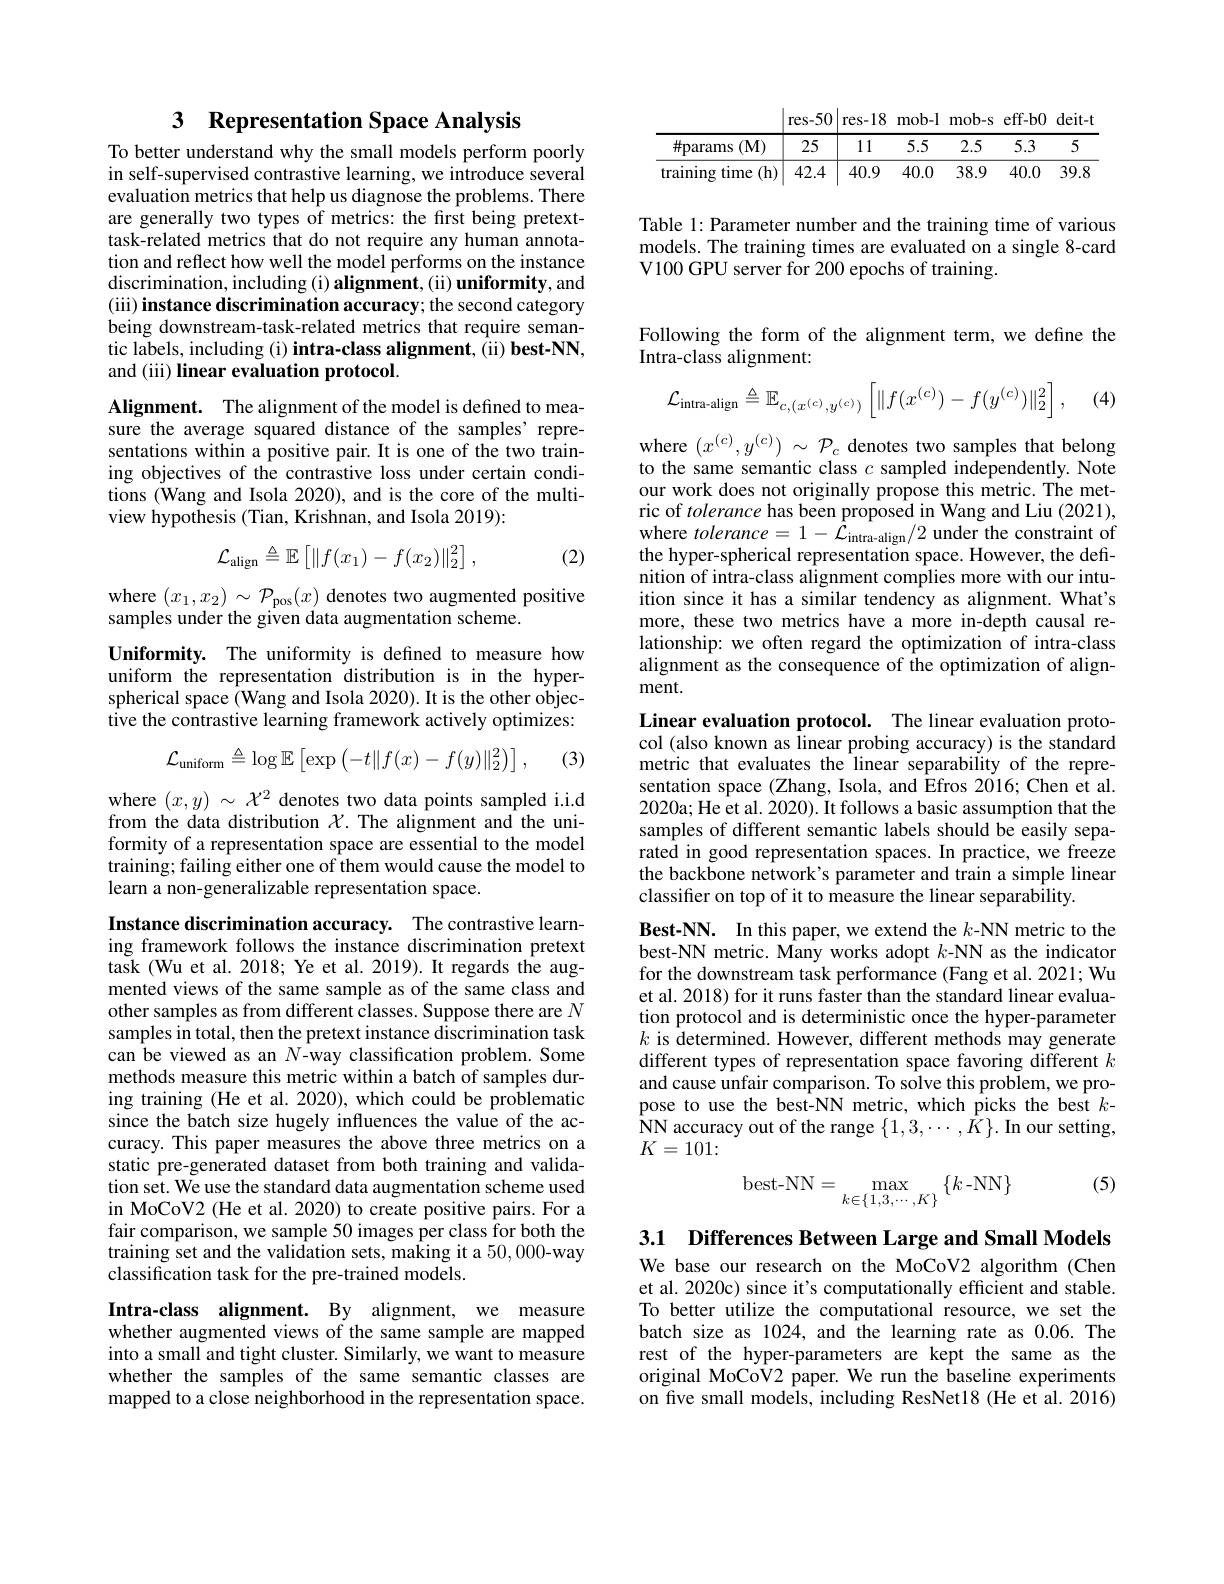
## 3 Representation Space Analysis

To better understand why the small models perform poorly in self-supervised contrastive learning, we introduce several evaluation metrics that help us diagnose the problems. There are generally two types of metrics: the first being pretexttask-related metrics that do not require any human annotation and reflect how well the model performs on the instance discrimination, including ( i) alignment, ( ii) uniformity, and (iii) instance discrimination accuracy; the second category being downstream-task-related metrics that require semantic labels, including (i) intra-class alignment, (ii) best-NN, and (iii) linear evaluation protocol.

Alignment. The alignment of the model is defined to measure the average squared distance of the samples' representations within a positive pair. It is one of the two training objectives of the contrastive loss under certain conditions (Wang and Isola 2020), and is the core of the multiview hypothesis (Tian, Krishnan, and Isola 2019):
$$\mathcal{L}_{\mathrm{align}}\triangleq\mathbb{E}\left[\|f(x_{1})-f(x_{2})\|_{2}^{2}\right],$$
(2)

where $(x_1,x_2)\sim\mathcal{P}_{\mathrm{pos}}(x)$ denotes two augmented positive
samples under the given data augmentation scheme.

Uniformity. The uniformity is defined to measure how uniform the representation distribution is in the hyperspherical space (Wang and Isola 2020). It is the other objective the contrastive learning framework actively optimizes:

(3)
$$\mathcal{L}_{\text{uniform}}\triangleq\log\mathbb{E}\left[\exp\left(-t\|f(x)-f(y)\|_2^2\right)\right],$$
where $(x,y)\sim\mathcal{X}^2$ denotes two data points sampled i.i.d from the data distribution $\chi$.The alignment and the uniformity of a representation space are essential to the model training; failing either one of them would cause the model to learn a non-generalizable representation space.

Instance discrimination accuracy. The contrastive learning framework follows the instance discrimination pretext task (Wu et al. 2018; Ye et al. 2019). It regards the augmented views of the same sample as of the same class and other samples as from different classes. Suppose there are $N$ samples in total, then the pretext instance discrimination task can be viewed as an $N$-way classification problem. Some methods measure this metric within a batch of samples during training (He et al. 2020), which could be problematic since the batch size hugely influences the value of the accuracy. This paper measures the above three metrics on a static pre-generated dataset from both training and validation set. We use the standard data augmentation scheme used in MoCoV2 (He et al. 2020) to create positive pairs. For a fair comparison, we sample 50 images per class for both the training set and the validation sets, making it a 50,000-way classification task for the pre-trained models.

Intra-class alignment. By alignment, we measure whether augmented views of the same sample are mapped into a small and tight cluster. Similarly, we want to measure whether the samples of the same semantic classes are mapped to a close neighborhood in the representation space.

<table>
	<tbody>
		<tr>
			<th> </th>
			<th>res-50</th>
			<th colspan="5">res-18 mob-l mob-s eff-b0 deit-t</th>
		</tr>
		<tr>
			<th>$\#$params $(\mathbf{M})$</th>
			<th>25</th>
			<th>11</th>
			<th>5.5</th>
			<th>2.5</th>
			<th>5.3</th>
			<th>5</th>
		</tr>
		<tr>
			<td>training time (h)</td>
			<td>42.4</td>
			<td>40.9</td>
			<td>40.0</td>
			<td>38.9</td>
			<td>40.0</td>
			<td>39.8</td>
		</tr>
	</tbody>
</table>

Table 1: Parameter number and the training time of various models. The training times are evaluated on a single 8-card V100 GPU server for 200 epochs of training.

Following the form of the alignment term, we define the
Intra-class alignment:

(4)
$$\mathcal{L}_{\text{intra-align}}\triangleq\mathbb{E}_{c,(x^{(c)},y^{(c)})}\left[\|f(x^{(c)})-f(y^{(c)})\|_2^2\right],$$
where $(x^{(c)},y^{(c)})~\sim~\mathcal{P}_{c}$ denotes two samples that belong to the same semantic class $c$ sampled independently. Note our work does not originally propose this metric. The metric of tolerance has been proposed in Wang and Liu (2021), where $tolerance=1-\tilde{\mathcal{L}}_{\mathrm{intra-align}}/2$ under the constraint of the hyper-spherical representation space. However, the definition of intra-class alignment complies more with our intuition since it has a similar tendency as alignment. What's more, these two metrics have a more in-depth causal relationship: we often regard the optimization of intra-class alignment as the consequence of the optimization of alignment.

Linear evaluation protocol. The linear evaluation protocol (also known as linear probing accuracy) is the standard metric that evaluates the linear separability of the representation space (Zhang, Isola, and Efros 2016; Chen et al. 2020a; He et al. 2020). It follows a basic assumption that the samples of different semantic labels should be easily separated in good representation spaces. In practice, we freeze the backbone network's parameter and train a simple linear classifer on top of it to measure the linear separability.

Best-NN. In this paper, we extend the $k$-NN metric to the best-NN metric. Many works adopt $k$-NN as the indicator for the downstream task performance (Fang et al.2021; Wu et al. 2018) for it runs faster than the standard linear evaluation protocol and is deterministic once the hyper-parameter $k$ is determined. However, different methods may generate different types of representation space favoring different $k$ and cause unfair comparison. To solve this problem, we propose to use the best-NN metric, which picks the best $k$- $\begin{array}{l}{\hat{\mathbf{N}}\mathbf{N}\text{ accuracy out of the range }\{1,3,\cdots,\hat{K}\}.{\mathrm{~In~our~setting}}}\\{K=101:}\end{array}$

(5)
$$\text{best-NN}=\max_{k\in\{1,3,\cdots,K\}}\{k\:\text{-NN}\}$$
3.1 Differences Between Large and Small Models

We base our research on the MoCoV2 algorithm (Chen et al. 2020c) since it's computationally efficient and stable. To better utilize the computational resource, we set the batch size as 1024, and the learning rate as 0.06. The rest of the hyper-parameters are kept the same as the original MoCoV2 paper. We run the baseline experiments on five small models, including ResNet18 (He et al. 2016)